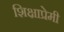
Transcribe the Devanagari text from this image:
शिक्षाप्रेमी